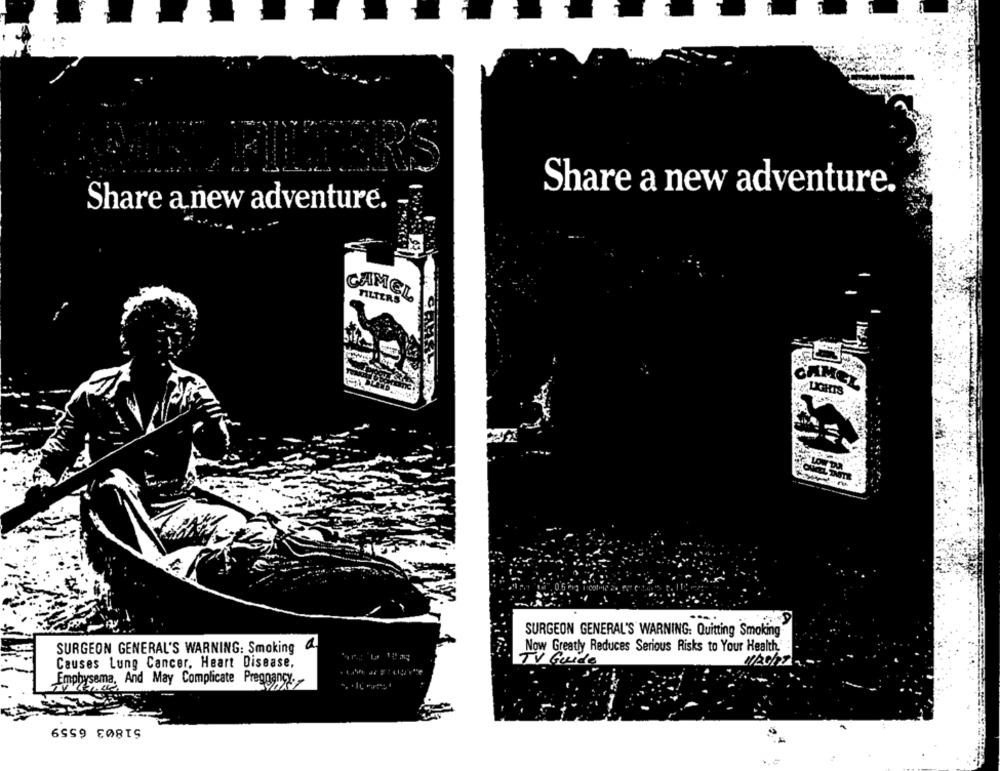
RS
Share a new adventure.
Share a new adventure.
CAMEL
FILTERS
CAMEL
LIGHTS
SURGEON GENERAL'S WARNING: Quitting Smoking
SURGEON GENERAL'S WARNING: Smoking
Now Greatly Reduces Serious Risks to Your Health
Causes Lung Cancer. Heart Disease,
TV Guid
Emphysema, And May Complicate Pregnancy.
51803 6559